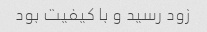
زود رسید و با کیفیت بود